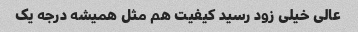
عالی خیلی زود رسید کیفیت هم مثل همیشه درجه یک